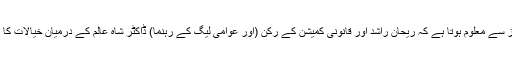
اِن ای میلز سے معلوم ہوتا ہے کہ ریحان راشد اور قانونی کمیشن کے رکن (اور عوامی لیگ کے رہنما) ڈاکٹر شاہ عالم کے درمیان خیالات کا تبادلہ ہوا۔